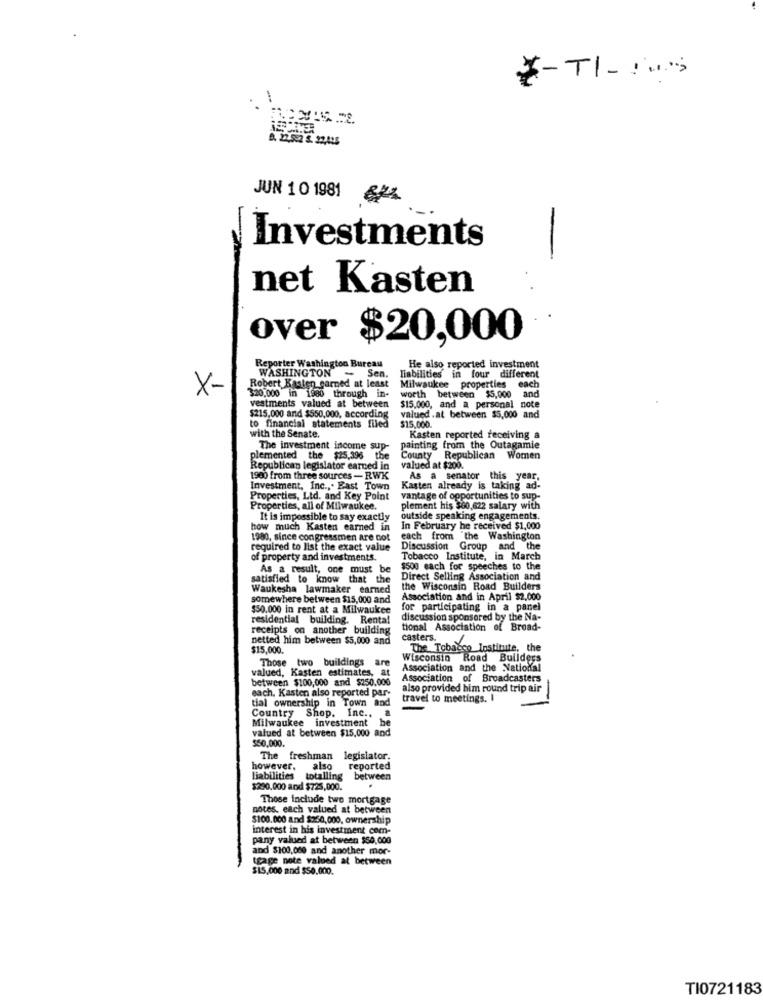
1
JUN 10 1981
Investments
-
net Kasten
over $20,000
Reporter Washington Bureau
He also reported investment
WASHINGTON - Sen.
liabilities in four different
X-
Robert Kasten garned at least
worth between $5,000
Milwaukee properties
each
320.000 in 1980 through in-
vestments valued at between
$215,000 and $550,000, according
$15,000, and a personal note
valued .at between $5,000 and
$15,000.
to financial statements filed
with the Senate.
Kasten reported receiving a
The investment income sup-
painting from the Outagamie
plemented the $25,396
the
County Republican Women
Republican legislator earned in
valued at $200.
1900 from three sources - RWK
As a senator this year.
Investment, Inc .,. East Town
Kasten already is taking ad-
Properties, Ltd. and Key Point
vantage of opportunities to sup-
Properties, all of Milwaukee.
plement his $60,622 salary with
It is impossible to say exactly
outside speaking engagements.
how much Kasten earned in
In February he received $1,000
1980, since congressmen are not
each from "the Washington
required to list the exact value
Discussion Group and the
of property and investments.
Tobacco Institute, in March
As a result, one must
$500 each for speeches to the
satisfied to know that the
Direct Selling Association and
Waukesha lawmaker earned
the Wisconsin Road Builders
somewhere between $15,000 and
Association and in April $2,000
$50.000 in rent at a Milwaukee
for participating in a panel
residential building. Renta!
discussion sponsored by the Na-
receipts on another building
tional Association of Broad-
netted him between $5,000 and
casters.
$15,000.
The Tobacco Institute, the
Those two buildings are
Wisconsin Road Builders
valued, Kasten estimates, at
Association and the National
between $100,000 and $250.000
Association of Broadcasters
each. Kasten also reported par-
also provided him round trip air
tial ownership in Town and
travel to meetings. I
Country Shop. Inc ..
Milwaukee investment
valued at between $15,000 and
be
$50,000.
The
freshman legislator.
however.
also
reported
liabilities totalling between
$290.000 and $725,000.
.
Those include two mortgage
notes. each valued at between
$100.000 and $250,000, ownership
interest in his investment com-
pany valued at between $50,000
and $100,000 and another mor-
teage note valued at between
$15,000 and $50.000.
TI0721183